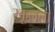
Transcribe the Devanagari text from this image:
स्कूलला